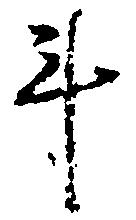
斗